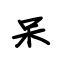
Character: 呆